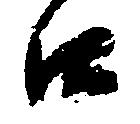
口